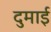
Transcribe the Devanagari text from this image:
दुमाई